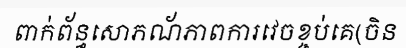
ពាក់ព័ន្ធសោភណ័ភាពការវេចខ្ចប់គេ(ចិន